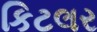
કિટલર